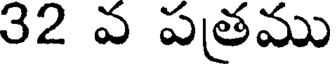
32 వ పతము